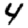
Digit: 4